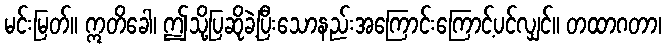
မင်းမြတ်။ ဣတိခေါ၊ ဤသို့ပြဆိုခဲ့ပြီးသောနည်းအကြောင်းကြောင့်ပင်လျှင်။ တထာဂတာ၊